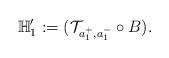
LaTeX: \begin{align*}\mathbb{H}'_1:=(\mathcal{T}_{a_1^+,a_1^-}\circ B).\end{align*}